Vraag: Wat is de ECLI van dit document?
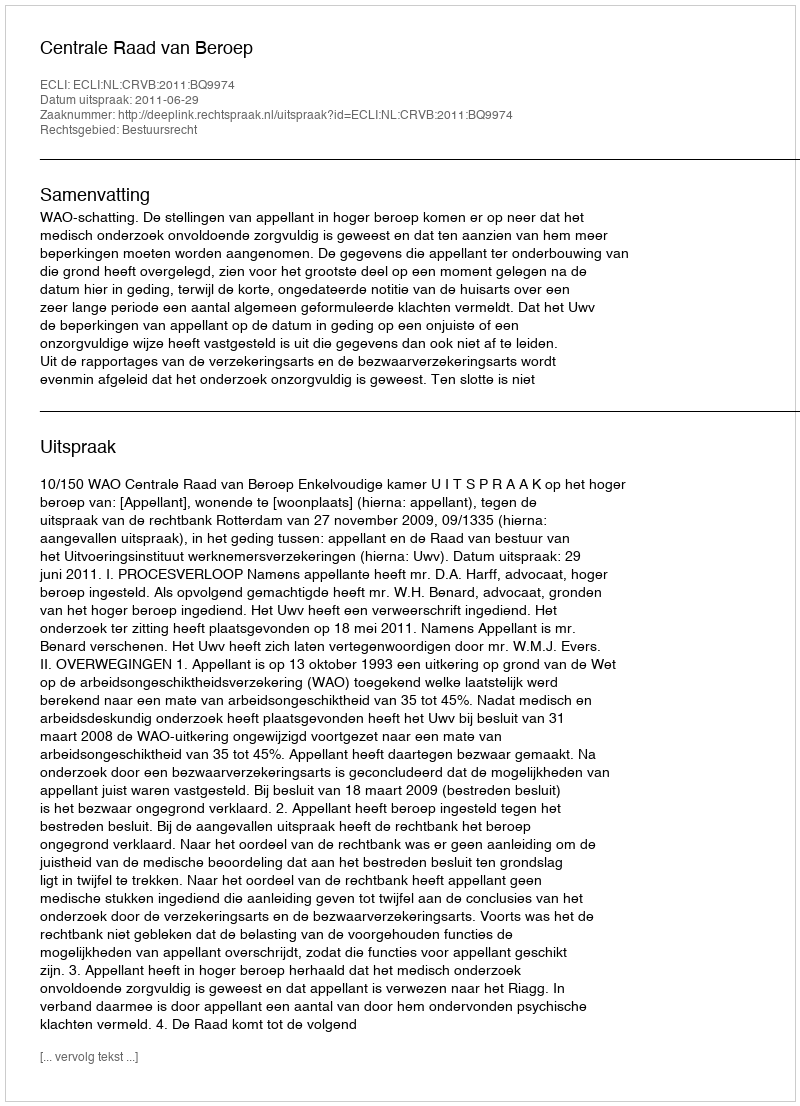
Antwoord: ECLI:NL:CRVB:2011:BQ9974